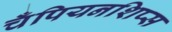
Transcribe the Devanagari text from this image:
चँपियनशिप्स